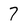
Character: 7